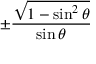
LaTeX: \pm { \frac { \sqrt { 1 - \sin ^ { 2 } \theta } } { \sin \theta } }